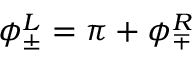
\phi _ { \pm } ^ { L } = \pi + \phi _ { \mp } ^ { R }